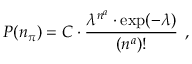
P ( n _ { \pi } ) = C \cdot \frac { \lambda ^ { n ^ { a } } \cdot \exp ( - \lambda ) } { ( n ^ { a } ) ! } \: \: ,